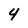
Character: 4